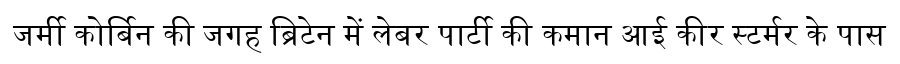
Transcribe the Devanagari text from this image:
जर्मी कोर्बिन की जगह ब्रिटेन में लेबर पार्टी की कमान आई कीर स्टर्मर के पास